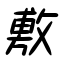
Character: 敷